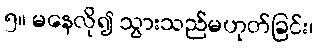
၅။ မနေလို၍ သွားသည်မဟုတ်ခြင်း၊